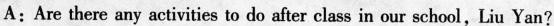
A:Are there any activities to do after class in our school,Liu Yan?